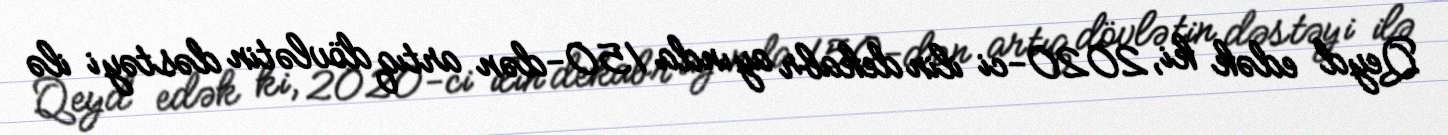
Qeyd edək ki, 2020-ci ilin dekabr ayında 150-dən artıq dövlətin dəstəyi ilə